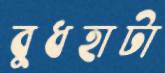
বুধহাটা